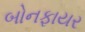
બોનફાયર